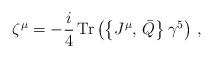
LaTeX: \begin{align*}\zeta^\mu= -\frac{i}{4} \,{\rm Tr}\left( \left\{ J^\mu, \,\bar Q\right\}\gamma^5\right)\, ,\end{align*}